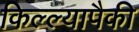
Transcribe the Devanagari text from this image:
किल्ल्यापैकी